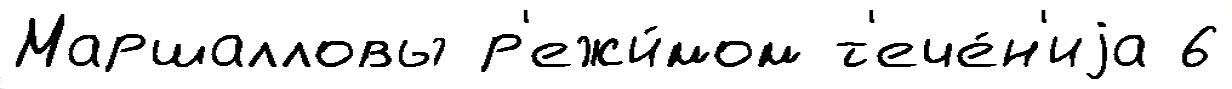
Маршалловы р'ежи́мом т'ече́н'иjа 6